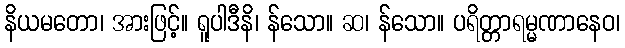
နိယမတော၊ အားဖြင့်။ ရူပါဒီနိ၊ န်သော။ ဆ၊ န်သော။ ပရိတ္တာရမ္မဏာနေဝ၊